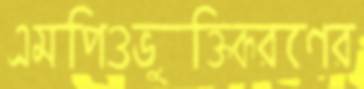
এমপিওভুক্তিকরণের